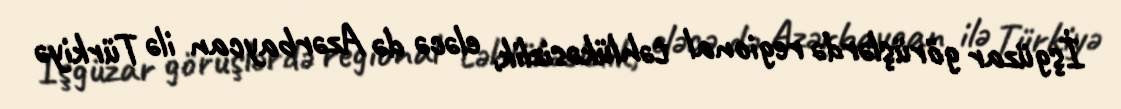
İşgüzar görüşlərdə regional təhlükəsizlik, eləcə də Azərbaycan ilə Türkiyə